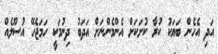
އަދި އެހެން ބަޔަކު ކުރާ ކުށަކަށް އެންމެންނަށް އަދަބު ދިނުމަކީ ހަމަޖެހޭ އުސޫލެއް